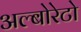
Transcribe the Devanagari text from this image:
अल्बोरेटो